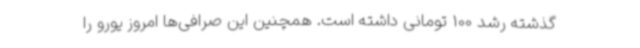
گذشته رشد 100 تومانی داشته است. همچنین این صرافی‌ها امروز یورو را